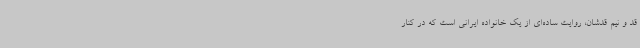
قد و نیم قدشان، روایت ساده‌ای از یک خانواده ایرانی است که در کنار